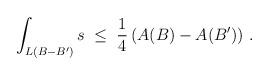
LaTeX: \begin{align*}\int_{L(B-B')} s \; \leq \; \frac{1}{4} \left(A(B) - A(B')\right)\, .\end{align*}